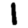
Digit: 1